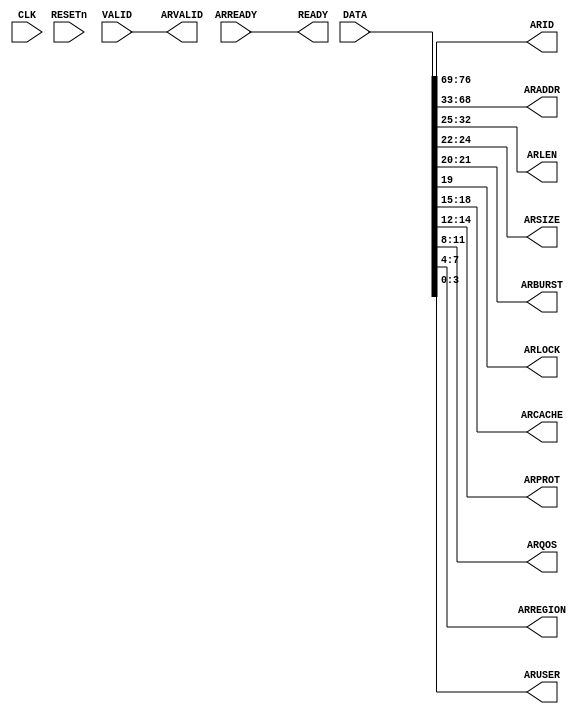
/* Company:
**
** Design Name:
** Module Name: RForwardSeparater
** Project Name: AXI4Bus
** Description:
**
** Dependencies:
**
** Revision:
** Revision 0.01 - File Created
** Additional Comments:
*/

`timescale 1ns / 1ps

module RForwardSeparater
(
	input            CLK,
	input            RESETn,

	input     [76:0] DATA,
	input            VALID,
	output           READY,

	output     [7:0] ARID,
	output    [35:0] ARADDR,
	output     [7:0] ARLEN,
	output     [2:0] ARSIZE,
	output     [1:0] ARBURST,
	output           ARLOCK,
	output     [3:0] ARCACHE,
	output     [2:0] ARPROT,
	output     [3:0] ARQOS,
	output     [3:0] ARREGION,
	output     [3:0] ARUSER,
	output           ARVALID,
	input            ARREADY
);

assign {ARID,ARADDR,ARLEN,ARSIZE,ARBURST,ARLOCK,ARCACHE,ARPROT,ARQOS,ARREGION,ARUSER} = DATA;
assign READY = ARREADY;
assign ARVALID = VALID;

endmodule